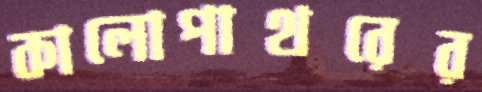
কালোপাথরের